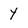
Character: Y